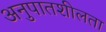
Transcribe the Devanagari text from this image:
अनुपातशीलता